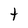
Character: t